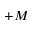
+ M